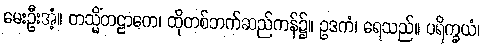
မေးဦးအံ့။ တသ္မိံတဠာကေ၊ ထိုတစ်ဘက်ဆည်ကန်၌။ ဥဒကံ၊ ရေသည်။ ပရိက္ခယံ၊